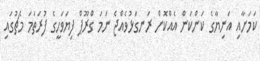
ކަމަށާއި އަނިޔާގެ ކަންކަން އެއްކޮށް ރަނގަޅުވެއްޖެ ނަމަ ގްރޫޕް ފިޔަވަހީގެ ފުރަތަމަ މެޗުގައި